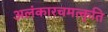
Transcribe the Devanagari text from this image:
अलंकारचमत्कृति